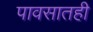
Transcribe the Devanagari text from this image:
पावसातही